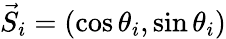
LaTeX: \vec{S}_{i}=(\cos{\theta_{i}},\sin{\theta_{i}})